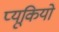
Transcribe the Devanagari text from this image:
प्यूकियो